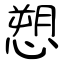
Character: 愬